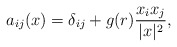
\begin{align*} a_{ij}(x)=\delta_{ij}+g(r)\frac{x_ix_j}{|x|^2}, \end{align*}